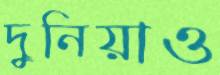
দুনিয়াও